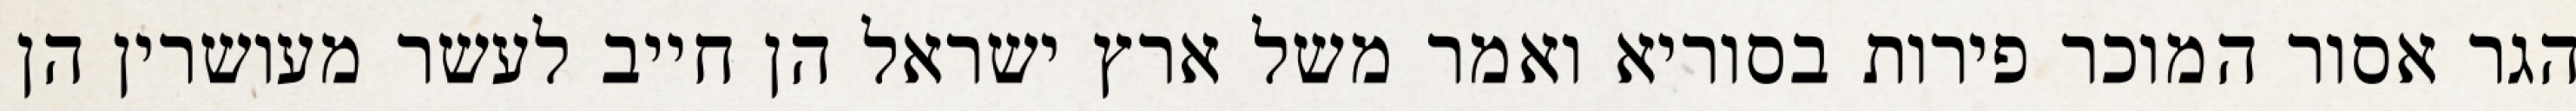
הגר אסור המוכר פירות בסוריא ואמר משל ארץ ישראל הן חייב לעשר מעושרין הן